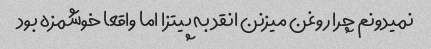
نمیدونم چرا روغن میزنن انقد به پیتزا اما واقعا خوشمزه بود